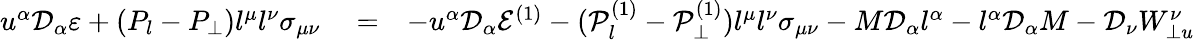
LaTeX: \begin{array}{rlr}{u^{\alpha}\mathcal{D}_{\alpha}\varepsilon+(P_{l}-P_{\perp})l^{\mu}l^{\nu}\sigma_{\mu\nu}}&{{}=}&{-u^{\alpha}\mathcal{D}_{\alpha}\mathcal{E}^{(1)}-(\mathcal{P}_{l}^{(1)}-\mathcal{P}_{\perp}^{(1)})l^{\mu}l^{\nu}\sigma_{\mu\nu}-M\mathcal{D}_{\alpha}l^{\alpha}-l^{\alpha}\mathcal{D}_{\alpha}M-\mathcal{D}_{\nu}W_{\perp u}^{\nu}}\end{array}